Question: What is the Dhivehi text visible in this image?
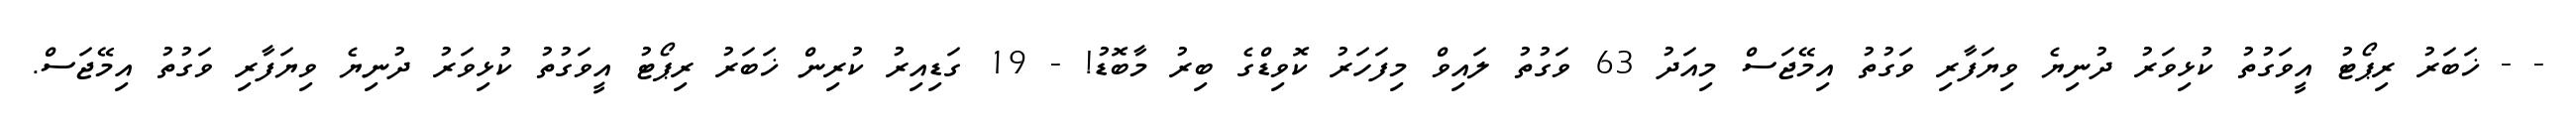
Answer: - - ޚަބަރު ރިޕޯޓު އީވަގުތު ކުޅިވަރު ދުނިޔެ ވިޔަފާރި ވަގުތު އިމޭޖަސް މިއަދު 63 ވަގުތު ލައިވް މިފަހަރު ކޮވިޑްގެ ބިރު މާބޮޑު! - 19 ގަޑިއިރު ކުރިން ޚަބަރު ރިޕޯޓު އީވަގުތު ކުޅިވަރު ދުނިޔެ ވިޔަފާރި ވަގުތު އިމޭޖަސް.